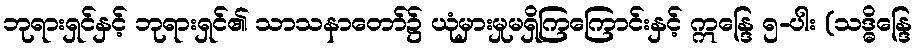
ဘုရားရှင်နှင့် ဘုရားရှင်၏ သာသနာတော်၌ ယုံမှားမှုမရှိကြကြောင်းနှင့် ဣန္ဒြေ ၅-ပါး (သဒ္ဓိန္ဒြေ